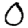
Digit: 0